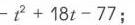
7.如图，$\parallelogram ABCD$中，对角线$AC、BD$交于点$O$，$E$为边$BC$的中点，连接$OE$，若$AB = 4$，则
$OE=\underline{\quad\quad}$.